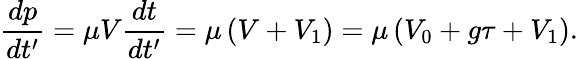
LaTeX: \frac{dp}{dt^{\prime}}=\mu V\frac{dt}{dt^{\prime}}=\mu\left(V+V_{1}\right)=\mu\left(V_{0}+g\tau+V_{1}\right).